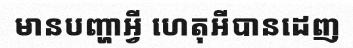
មានបញ្ហាអ្វី ហេតុអីបានដេញ